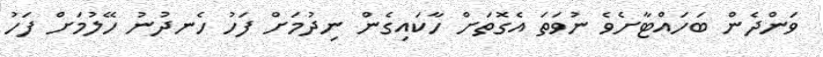
ވަންދެން ބަހައްޓާށެވެ ނުވަތަ އެގޮތަށް ހާކައިގެން ނިދުމަށް ފަހު ހެނދުނު ހޭލުމަށް ފަހު